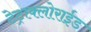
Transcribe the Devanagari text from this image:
टेट्राक्लोराईड